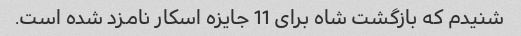
شنیدم که بازگشت شاه برای 11 جایزه اسکار نامزد شده است.